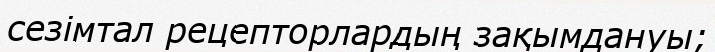
сезімтал рецепторлардың зақымдануы;